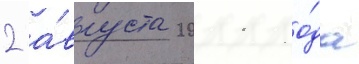
2 а́вгуста 2011 го́да